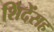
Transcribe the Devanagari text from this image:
शिंदेंसह